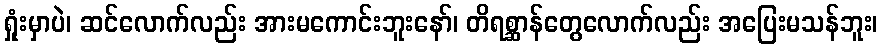
ရှုံးမှာပဲ၊ ဆင်လောက်လည်း အားမကောင်းဘူးနော်၊ တိရစ္ဆာန်တွေလောက်လည်း အပြေးမသန်ဘူး၊